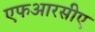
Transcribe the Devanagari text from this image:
एफआरसीए